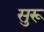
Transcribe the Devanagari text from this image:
सुरू